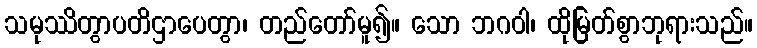
သမုဿိတွာပတိဌာပေတွာ၊ တည်တော်မူ၍။ သော ဘဂဝါ၊ ထိုမြတ်စွာဘုရားသည်။